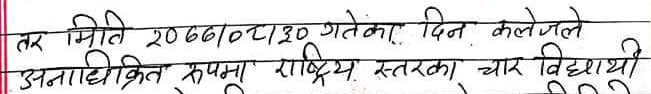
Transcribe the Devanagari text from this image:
तर मिति 2066/08/30 गतेका दिन कलेजले
अनाधिकृत रुपमा राष्ट्रिय स्तरका चार विद्यार्थी